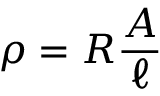
\rho = R { \frac { A } { \ell } }